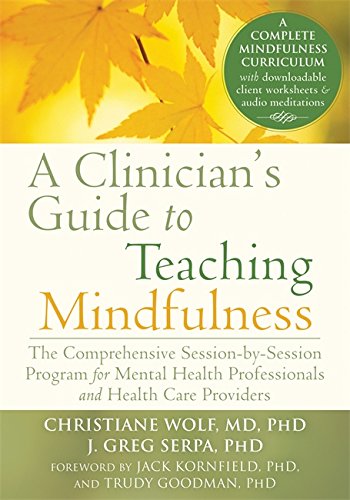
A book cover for A Clinician's Guide to Teaching Mindfulness: The Comprehensive Session-by-Session Program for Mental Health Professionals and Health Care Providers; Christiane Wolf MD  PhD; Medical Books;